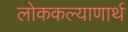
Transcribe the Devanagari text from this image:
लोककल्याणार्थ